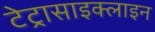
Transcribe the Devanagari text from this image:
टेट्रासाइक्लाइन